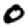
Digit: 0